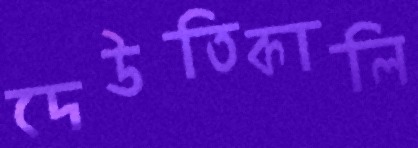
দেউতিকালি